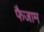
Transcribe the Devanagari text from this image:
फैजाम